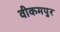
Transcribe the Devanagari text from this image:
वीकमपुर